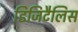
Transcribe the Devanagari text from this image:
डिजिटैलिस